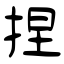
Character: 捏